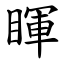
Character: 睴